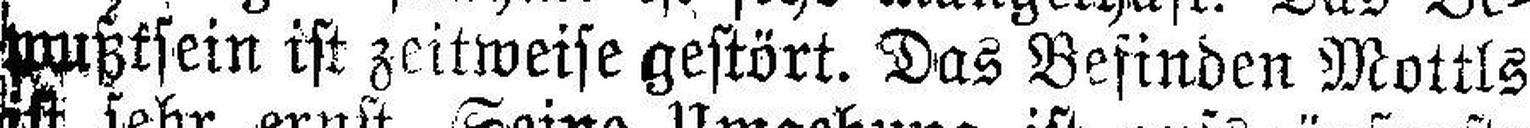
mußtsein ist zeitweise gestört. Das Befinden Mottls